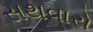
સથવારો